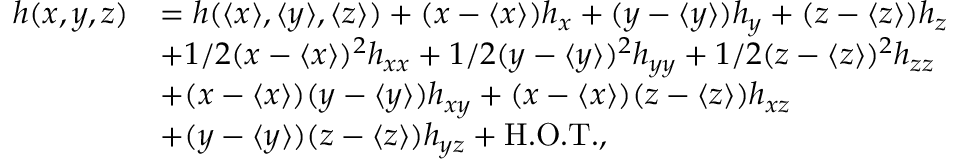
\begin{array} { r l } { h ( x , y , z ) } & { = h ( \langle x \rangle , \langle y \rangle , \langle z \rangle ) + ( x - \langle x \rangle ) h _ { x } + ( y - \langle y \rangle ) h _ { y } + ( z - \langle z \rangle ) h _ { z } } \\ & { + 1 / 2 ( x - \langle x \rangle ) ^ { 2 } h _ { x x } + 1 / 2 ( y - \langle y \rangle ) ^ { 2 } h _ { y y } + 1 / 2 ( z - \langle z \rangle ) ^ { 2 } h _ { z z } } \\ & { + ( x - \langle x \rangle ) ( y - \langle y \rangle ) h _ { x y } + ( x - \langle x \rangle ) ( z - \langle z \rangle ) h _ { x z } } \\ & { + ( y - \langle y \rangle ) ( z - \langle z \rangle ) h _ { y z } + \mathrm { H . O . T . } , } \end{array}